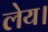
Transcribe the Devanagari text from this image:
लेय।